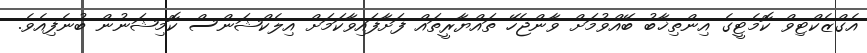
އެގްޒެކްޓިވް ކޮމެޓީގެ އިންތިޚާބު ބޭއްވުމަށް ވާންޖެހޭ ތައްޔާރީތައް ފަށާފައިވާކަމަށް އިލެކްޝަންސް ކޮމިޝަނުން ބުނެފިއެވެ.